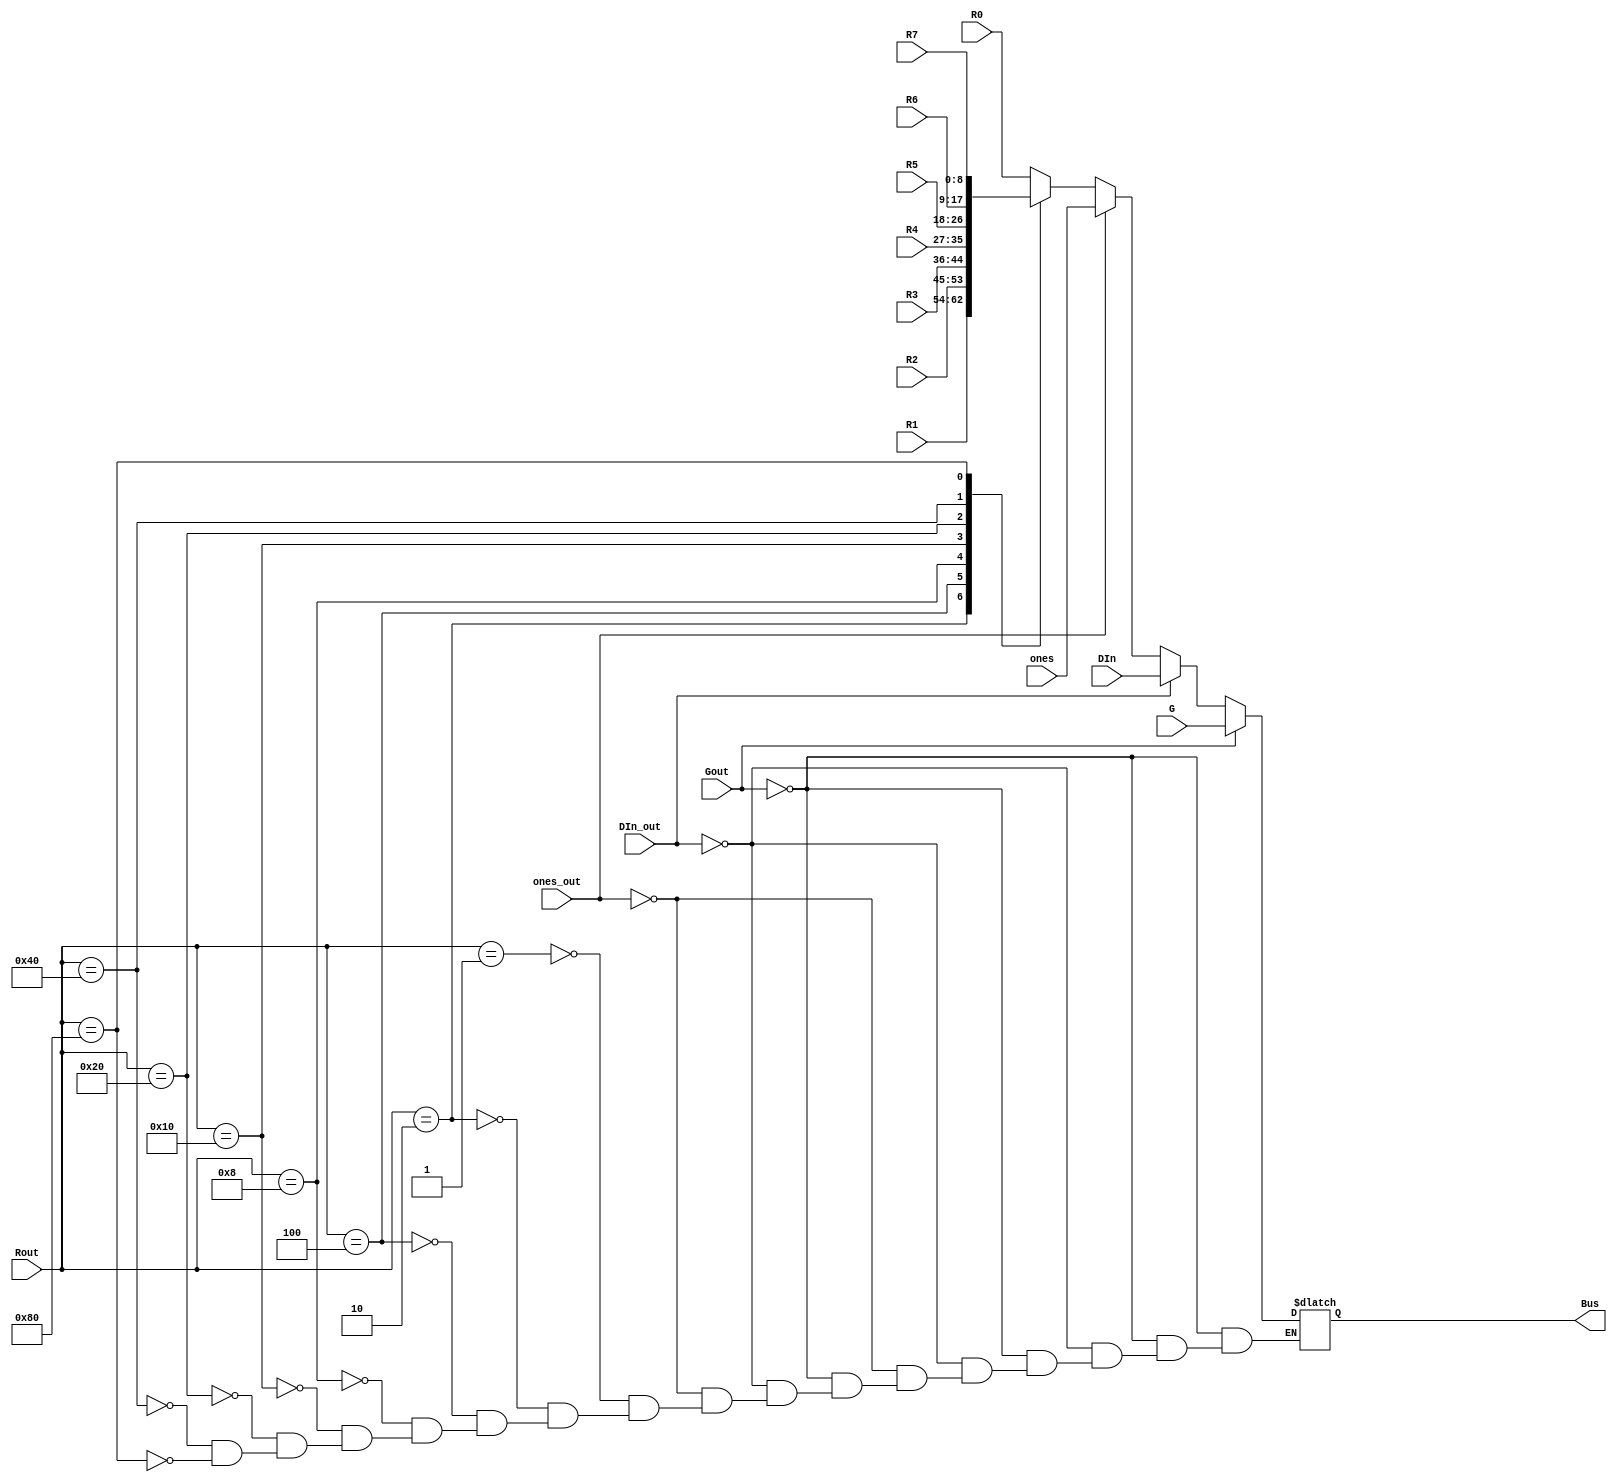
module mux_eleven2one(
                   input wire [8:0] DIn,
						 input wire [8:0]R0,
						 input wire [8:0]R1,
						 input wire [8:0]R2,
						 input wire [8:0]R3,
						 input wire [8:0]R4,
						 input wire [8:0]R5,
						 input wire [8:0]R6,
						 input wire [8:0]R7,
						 input wire [8:0]G,
						 input wire [8:0]ones,
						 
						 input wire [7:0]Rout,
						 input wire Gout,
						 input wire DIn_out,
						 input wire ones_out,
						 
						 output reg [8:0] Bus
						 );

	
						always  @(Rout, Gout, DIn_out)
						begin
							if(Gout)
								Bus = G;
							
							else if (DIn_out)
						      Bus = DIn;	
							
							else if (ones_out)
									Bus = ones;
							else 
								begin
								case(Rout)
									8'b00000001: Bus = R0;
									8'b00000010: Bus = R1;
									8'b00000100: Bus = R2;
									8'b00001000: Bus = R3;
									8'b00010000: Bus = R4;
									8'b00100000: Bus = R5;
									8'b01000000: Bus = R6;
									8'b10000000: Bus = R7;
									endcase
								end
						end
				
endmodule